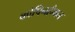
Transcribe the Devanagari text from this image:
कोपिनहैगन